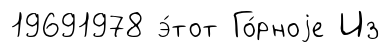
19691978 э́тот Го́рноjе Из